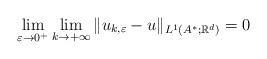
LaTeX: \begin{align*}\displaystyle{\lim_{\varepsilon\to 0^+}\lim_{k\to +\infty} \|u_{k,\varepsilon}-u\|_{L^1(A^\ast;\mathbb R^d)} =0}\end{align*}